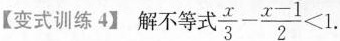
【变式训练4】解不等式$$\frac{x}{3}- \frac{x-1}{2}<1$$.